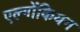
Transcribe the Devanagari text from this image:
एल्गोंकियन